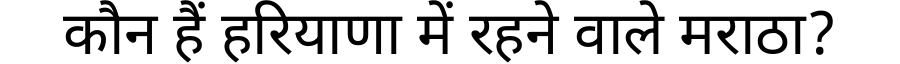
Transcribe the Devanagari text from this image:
कौन हैं हरियाणा में रहने वाले मराठा?